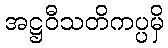
အဋ္ဌဝီသတိကပ္ပမှိ